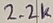
Text: 2.2K